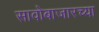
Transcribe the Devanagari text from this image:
सावोबाजारच्या